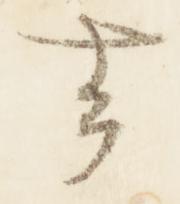
去